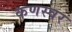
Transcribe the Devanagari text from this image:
कणस्वर